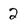
Character: 2